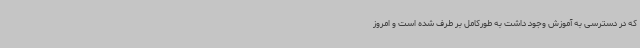
که در دسترسی به آموزش وجود داشت به طورکامل بر طرف شده است و امروز